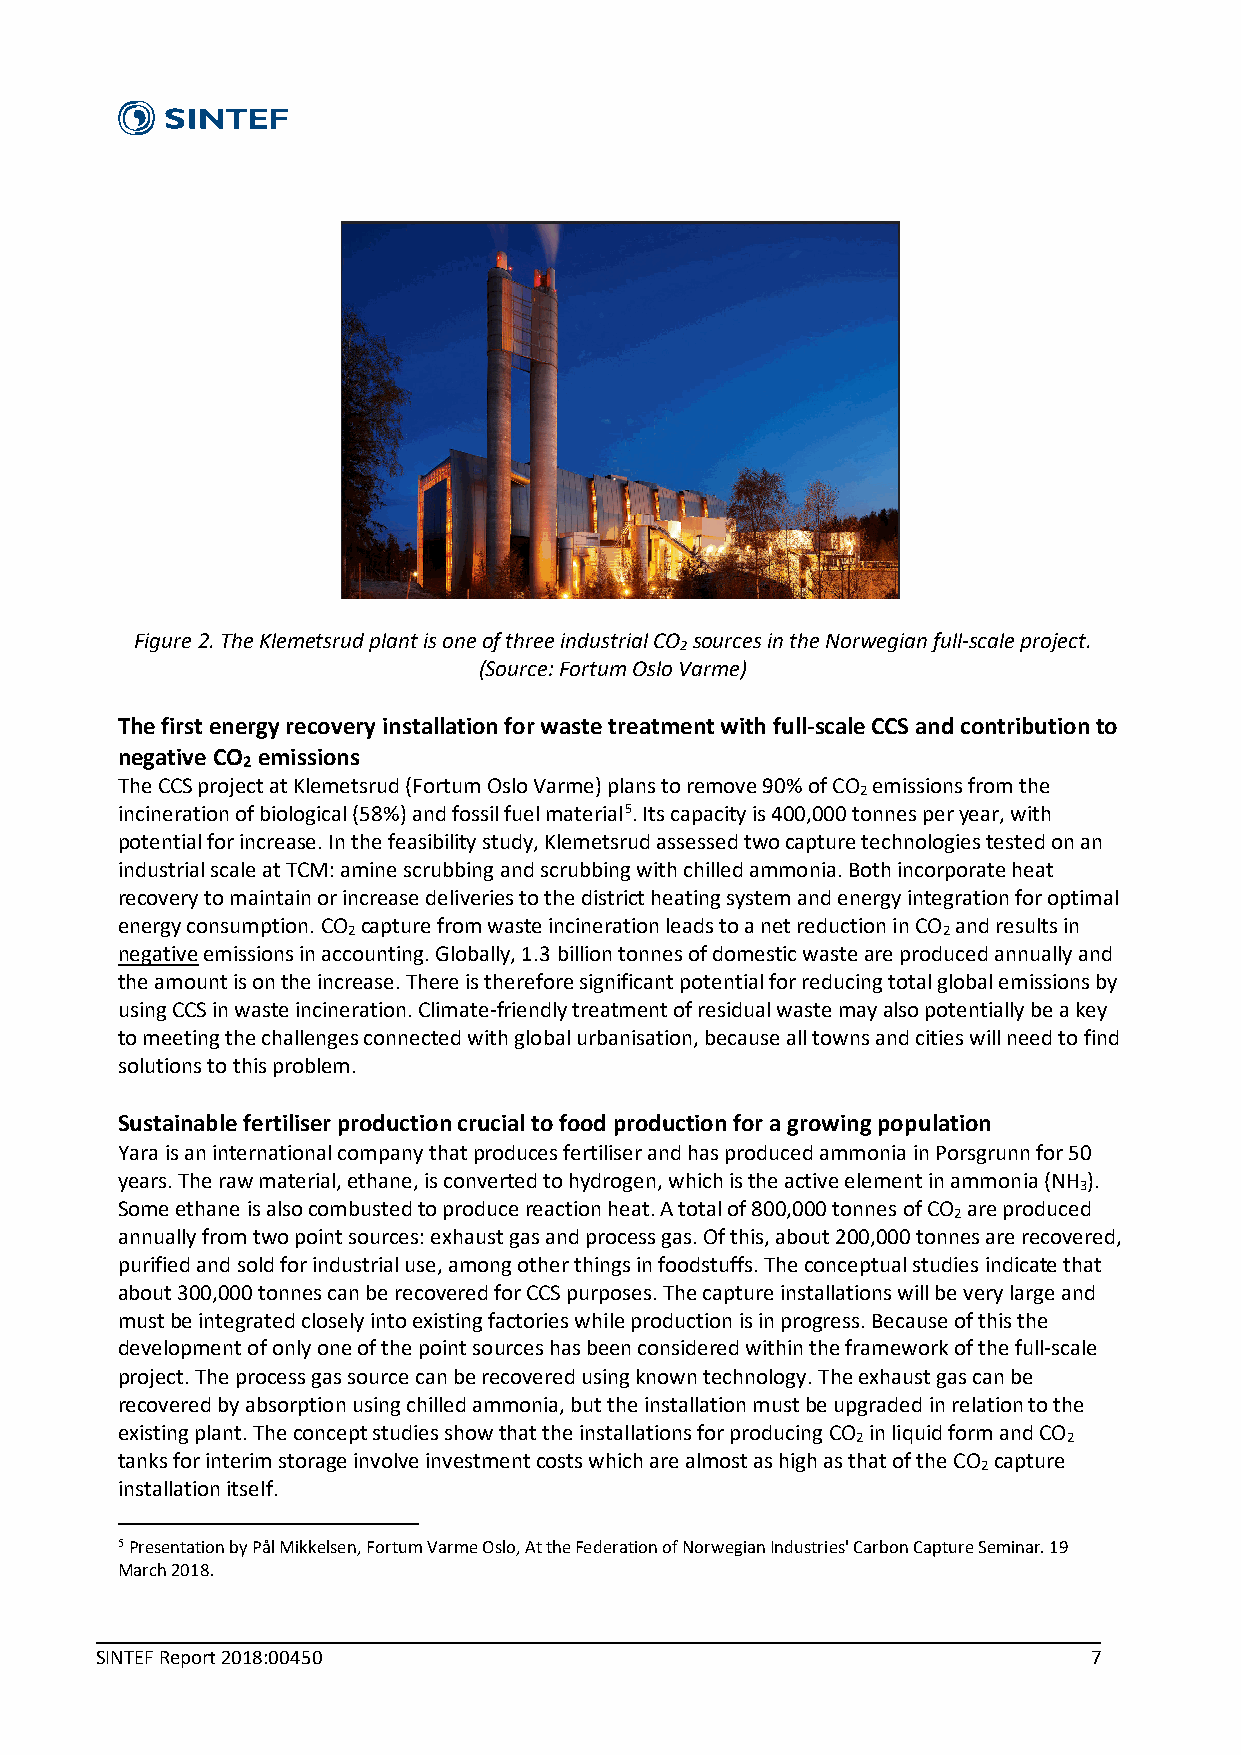
Figure 2. The Klemetsrud plant is one of three industrial CO sources in the Norwegian full-scale project.
 2
 (Source: Fortum Oslo Varme)
 The first energy recovery installation for waste treatment with full-scale CCS and contribution to
 negative CO emissions
 2
 The CCS project at Klemetsrud (Fortum Oslo Varme) plans to remove 90% of CO emissions from the
 2
 incineration of biological (58%) and fossil fuel material5. Its capacity is 400,000 tonnes per year, with
 potential for increase. In the feasibility study, Klemetsrud assessed two capture technologies tested on an
 industrial scale at TCM: amine scrubbing and scrubbing with chilled ammonia. Both incorporate heat
 recovery to maintain or increase deliveries to the district heating system and energy integration for optimal
 energy consumption. CO capture from waste incineration leads to a net reduction in CO and results in
 2                                      2
 negative emissions in accounting. Globally, 1.3 billion tonnes of domestic waste are produced annually and
 the amount is on the increase. There is therefore significant potential for reducing total global emissions by
 using CCS in waste incineration. Climate-friendly treatment of residual waste may also potentially be a key
 to meeting the challenges connected with global urbanisation, because all towns and cities will need to find
 solutions to this problem.
 Sustainable fertiliser production crucial to food production for a growing population
 Yara is an international company that produces fertiliser and has produced ammonia in Porsgrunn for 50
 years. The raw material, ethane, is converted to hydrogen, which is the active element in ammonia (NH ).
 3
 Some ethane is also combusted to produce reaction heat. A total of 800,000 tonnes of CO are produced
 2
 annually from two point sources: exhaust gas and process gas. Of this, about 200,000 tonnes are recovered,
 purified and sold for industrial use, among other things in foodstuffs. The conceptual studies indicate that
 about 300,000 tonnes can be recovered for CCS purposes. The capture installations will be very large and
 must be integrated closely into existing factories while production is in progress. Because of this the
 development of only one of the point sources has been considered within the framework of the full-scale
 project. The process gas source can be recovered using known technology. The exhaust gas can be
 recovered by absorption using chilled ammonia, but the installation must be upgraded in relation to the
 existing plant. The concept studies show that the installations for producing CO in liquid form and CO
 2             2
 tanks for interim storage involve investment costs which are almost as high as that of the CO capture
 2
 installation itself.
 5 Presentation by Pål Mikkelsen, Fortum Varme Oslo, At the Federation of Norwegian Industries' Carbon Capture Seminar. 19
 March 2018.
 SINTEF Report 2018:00450                                          7